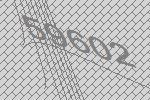
59602